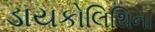
ડાયકોલિથિના